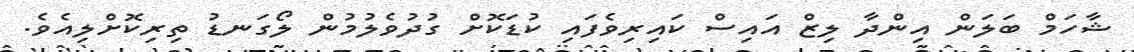
ޝާހަމް ބަލަން އިންދާ ލިޒް އައިސް ކައިރިވެފައި ކުޑަކޮށް ގުދުވެލުމުން ލޯގަނޑު ތިރިކޮށްލިއެވެ.